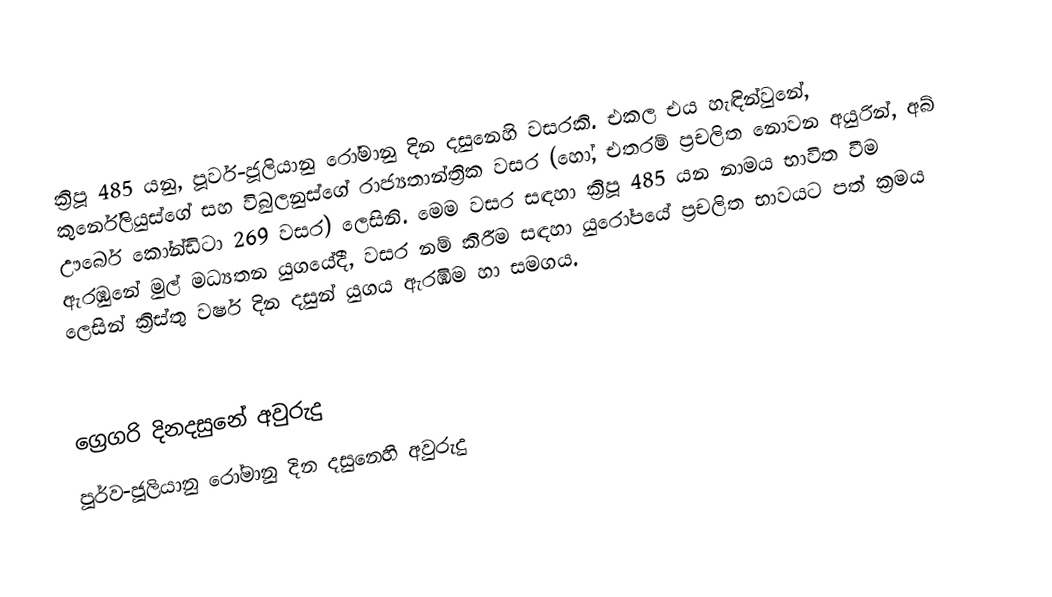

ක්‍රිපූ 485 යනු, පූර්ව-ජූලියානු රෝමානු දින දසුනෙහි වසරකි. එකල එය හැඳින්වුනේ, කුර්නේලියුස්ගේ සහ විබුලනුස්ගේ රාජ්‍යතාන්ත්‍රික වසර (හෝ, එතරම් ප්‍රචලිත නොවන අයුරින්, අබ් ඌර්බෙ කෝන්ඩිටා 269 වසර) ලෙසිනි. මෙම වසර සඳහා ක්‍රිපූ 485 යන නාමය භාවිත වීම ඇරඹුනේ මුල්  මධ්‍යතන යුගයේදී, වසර නම් කිරීම සඳහා යුරෝපයේ ප්‍රචලිත භාවයට පත් ක්‍රමය ලෙසින් ක්‍රිස්තු වර්ෂ දින දසුන් යුගය ඇරඹීම හා සමගය.

ග්‍රෙගරි දිනදසුනේ අවුරුදු
පූර්ව-ජූලියානු රෝමානු දින දසුනෙහි අවුරුදු